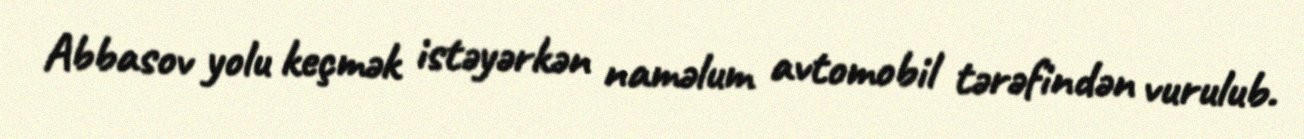
Abbasov yolu keçmək istəyərkən naməlum avtomobil tərəfindən vurulub.